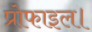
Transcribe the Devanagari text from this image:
प्रोफाइल।